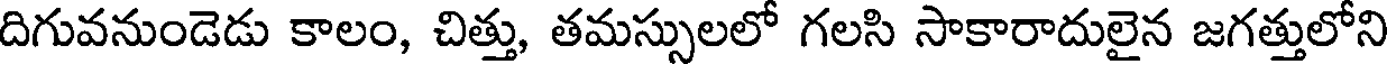
దిగువనుండెడు కాలం, చిత్తు, తమస్సులలో గలసి సాకారాదులైన జగత్తులోని